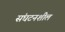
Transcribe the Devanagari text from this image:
संघटनशील